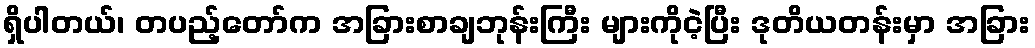
ရှိပါတယ်၊ တပည့်တော်က အခြားစာချဘုန်းကြီး များကိုငဲ့ပြီး ဒုတိယတန်းမှာ အခြား